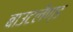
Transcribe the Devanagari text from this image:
बाउटलैण्ड